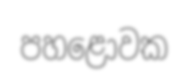
පහළොවක